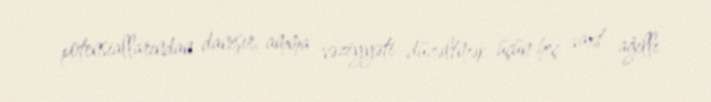
potensiallarından danışır, amma vəziyyəti düzəltmək üçün heç vaxt ağıllı